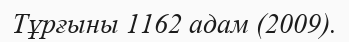
Тұрғыны 1162 адам (2009).